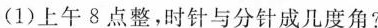
(1)上午8点整，时针与分针成几度角?